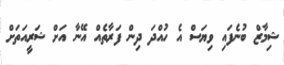
ޝިމާޒް ބުނެފައި ވިޔަސް އެ ހުއްދަ ދިން ފަރާތެއް އޭނާ އަށް ޝަރީއަތަށް